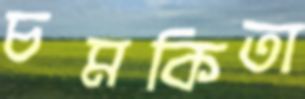
চমকিতা